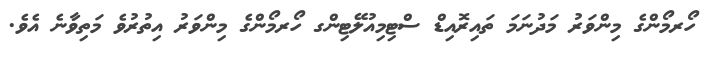
ހޯރމޯންގެ މިންވަރު މަދުނަމަ ތައިރޮއިޑް ސްޓިމިއުލޭޓިންގ ހޯރމޯންގެ މިންވަރު އިތުރުވެ މަތިވާނެ އެވެ.